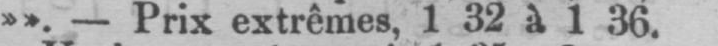
»». - Prix extrêmes, 1 32 à 1 36.